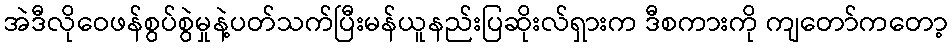
အဲဒီလိုဝေဖန်စွပ်စွဲမှုနဲ့ပတ်သက်ပြီးမန်ယူနည်းပြဆိုးလ်ရှားက ဒီစကားကို ကျတော်ကတော့